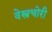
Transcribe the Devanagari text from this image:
वेस्त्रचोरी